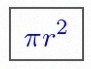
\pi r^2